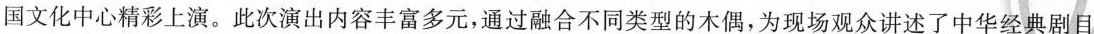
国文化中心精彩上演。此次演出内容丰富多元，通过融合不同类型的木偶，为现场观众讲述了中华经典剧目